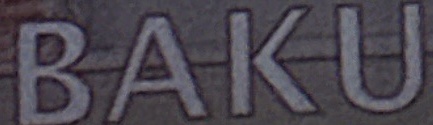
BAKU